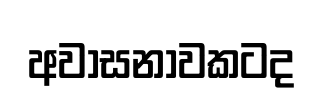
අවාසනාවකටද